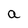
Character: a